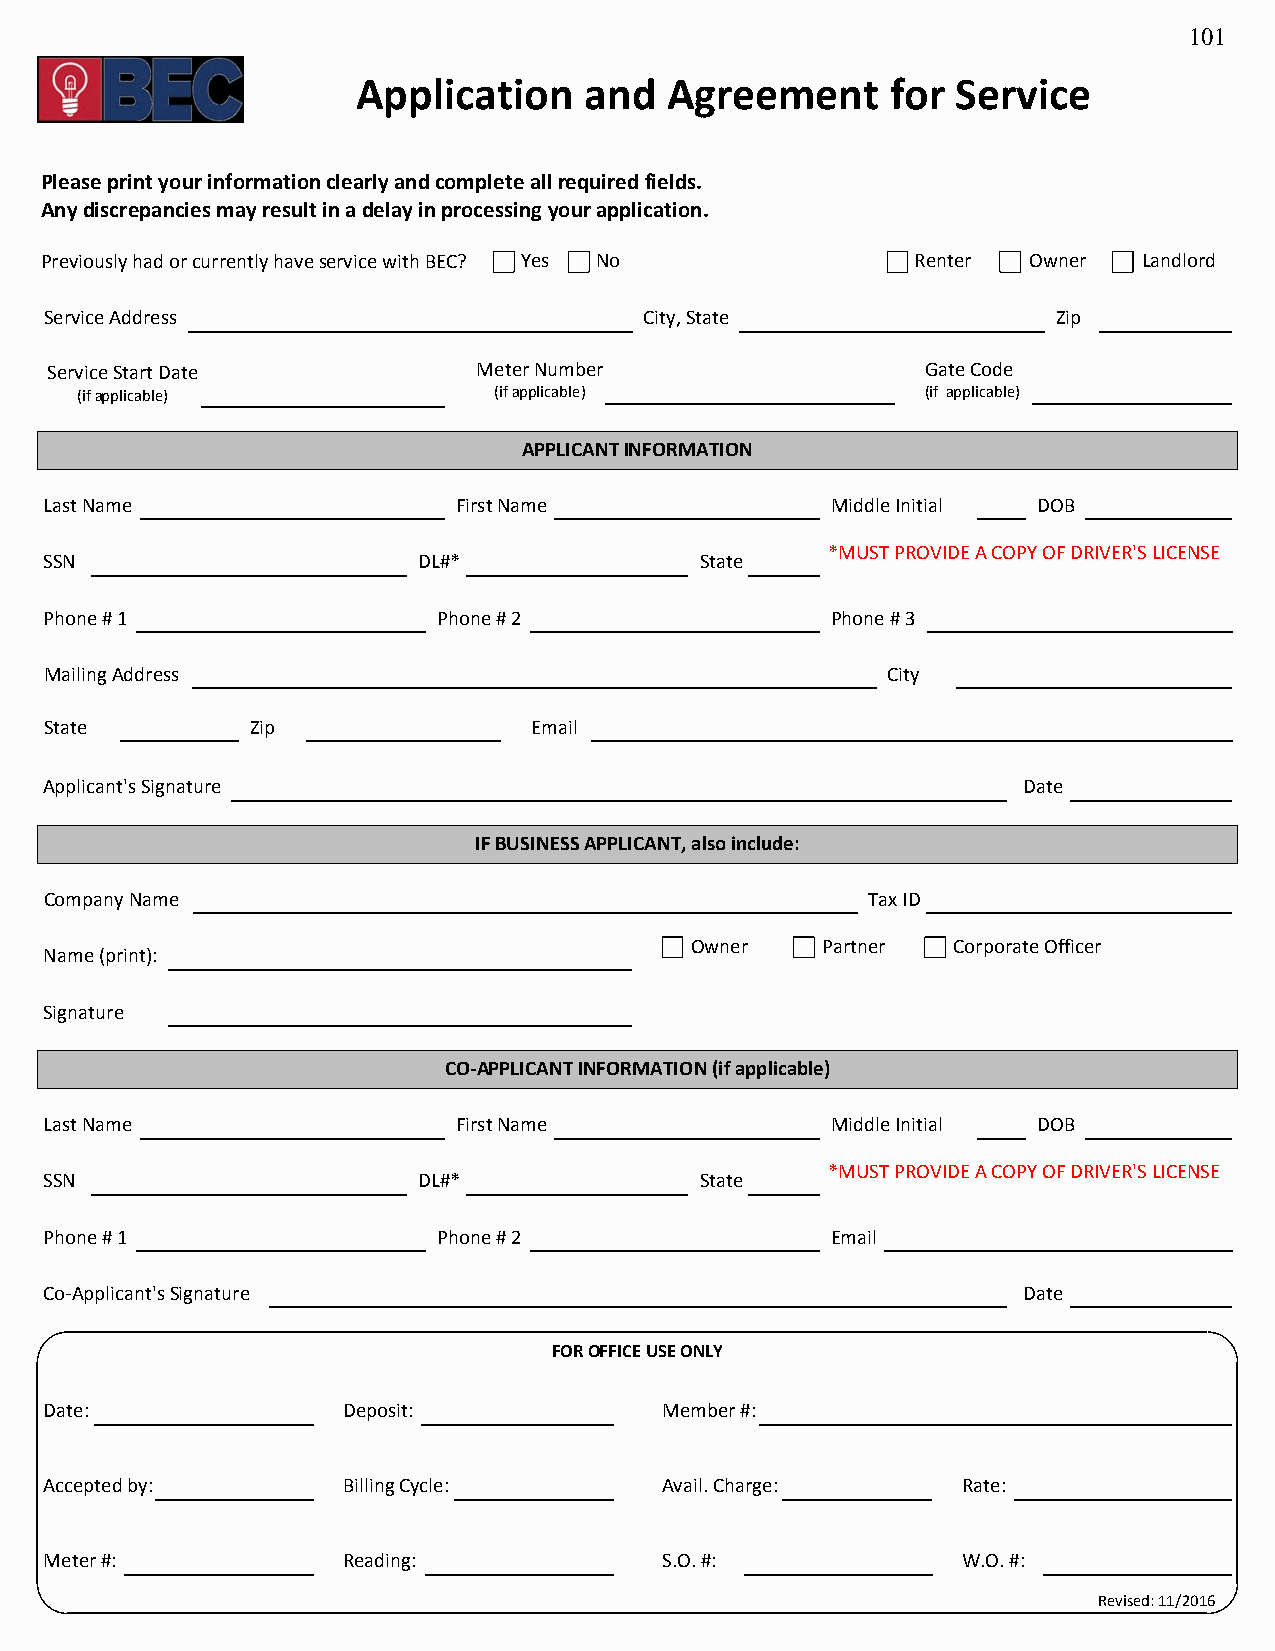
101
 Application    and  Agreement      for Service
 Please print your information clearly and complete all required fields.
 Any discrepancies may result in a delay in processing your application.
 Previously had or currently have service with BEC? Yes No Renter Owner   Landlord
 Service Address                         City, State                Zip
 Service Start Date           Meter Number                 Gate Code
 (if applicable)             (if applicable)             (if applicable)
 APPLICANT INFORMATION
 Last Name                  First Name               Middle Initial DOB
 *MUST PROVIDE A COPY OF DRIVER'S LICENSE
 SSN                      DL#*              State
 Phone # 1                 Phone # 2                 Phone # 3
 Mailing Address                                         City
 State         Zip               Email
 Applicant's Signature                                            Date
 IF BUSINESS APPLICANT, also include:
 Company Name                                          Tax ID
 Owner   Partner  Corporate Officer
 Name (print):
 Signature
 CO‐APPLICANT INFORMATION (if applicable)
 Last Name                  First Name               Middle Initial DOB
 *MUST PROVIDE A COPY OF DRIVER'S LICENSE
 SSN                      DL#*              State
 Phone # 1                 Phone # 2                 Email
 Co‐Applicant's Signature                                         Date
 FOR OFFICE USE ONLY
 Date:               Deposit:             Member #:
 Accepted by:        Billing Cycle:       Avail. Charge:      Rate:
 Meter #:            Reading:             S.O. #:             W.O. #:
 Revised: 11/2016